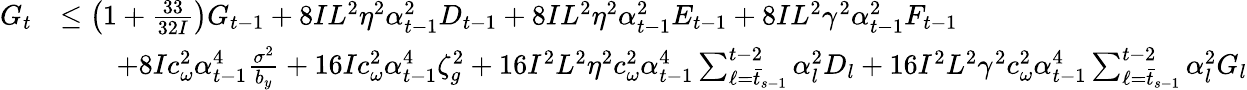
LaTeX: \begin{array}{rl}{G_{t}}&{\leq\left(1+\frac{33}{32I}\right)G_{t-1}+8IL^{2}\eta^{2}\alpha_{t-1}^{2}D_{t-1}+8IL^{2}\eta^{2}\alpha_{t-1}^{2}E_{t-1}+8IL^{2}\gamma^{2}\alpha_{t-1}^{2}F_{t-1}}\\ &{\qquad+8Ic_{\omega}^{2}\alpha_{t-1}^{4}\frac{\sigma^{2}}{b_{y}}+16Ic_{\omega}^{2}\alpha_{t-1}^{4}\zeta_{g}^{2}+16I^{2}L^{2}\eta^{2}c_{\omega}^{2}\alpha_{t-1}^{4}\sum_{\ell=\bar{t}_{s-1}}^{t-2}\alpha_{l}^{2}D_{l}+16I^{2}L^{2}\gamma^{2}c_{\omega}^{2}\alpha_{t-1}^{4}\sum_{\ell=\bar{t}_{s-1}}^{t-2}\alpha_{l}^{2}G_{l}}\end{array}